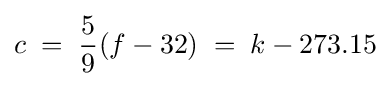
{\begin{aligned}c\;=\;{\frac {5}{9}}(f-32)\;=\;k-273.15\end{aligned}}